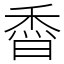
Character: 稥